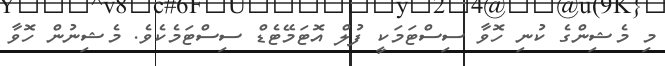
މި މެޝިންގެ ކުނި ހޮވާ ސިސްޓަމަކީ ފުލް އޮޓަމޭޓެޑް ސިސްޓަމެކެވެ. މެޝިނުން ހޮވާ